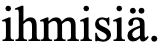
ihmisiä.